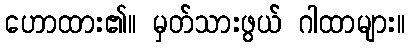
ဟောထား၏။ မှတ်သားဖွယ် ဂါထာများ။